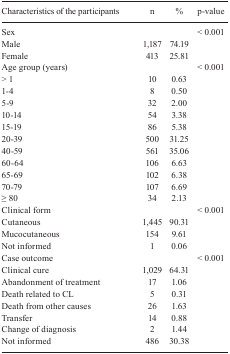
<table><thead><tr><td><b>Characteristics of the participants</b></td><td><b>n</b></td><td><b>%</b></td><td><b>p-value</b></td></tr></thead><tbody><tr><td>Sex</td><td> </td><td> </td><td>&lt; 0.001</td></tr><tr><td>Male</td><td>1,187</td><td>74.19</td><td> </td></tr><tr><td>Female</td><td>413</td><td>25.81</td><td> </td></tr><tr><td>Age group (years)</td><td> </td><td> </td><td>&lt; 0.001</td></tr><tr><td>&gt; 1</td><td>10</td><td>0.63</td><td> </td></tr><tr><td>1-4</td><td>8</td><td>0.50</td><td> </td></tr><tr><td>5-9</td><td>32</td><td>2.00</td><td> </td></tr><tr><td>10-14</td><td>54</td><td>3.38</td><td> </td></tr><tr><td>15-19</td><td>86</td><td>5.38</td><td> </td></tr><tr><td>20-39</td><td>500</td><td>31.25</td><td> </td></tr><tr><td>40-59</td><td>561</td><td>35.06</td><td> </td></tr><tr><td>60-64</td><td>106</td><td>6.63</td><td> </td></tr><tr><td>65-69</td><td>102</td><td>6.38</td><td> </td></tr><tr><td>70-79</td><td>107</td><td>6.69</td><td> </td></tr><tr><td>≥ 80</td><td>34</td><td>2.13</td><td> </td></tr><tr><td>Clinical form</td><td> </td><td> </td><td>&lt; 0.001</td></tr><tr><td>Cutaneous</td><td>1,445</td><td>90.31</td><td> </td></tr><tr><td>Mucocutaneous</td><td>154</td><td>9.61</td><td> </td></tr><tr><td>Not informed</td><td>1</td><td>0.06</td><td> </td></tr><tr><td>Case outcome</td><td> </td><td> </td><td>&lt; 0.001</td></tr><tr><td>Clinical cure</td><td>1,029</td><td>64.31</td><td> </td></tr><tr><td>Abandonment of treatment</td><td>17</td><td>1.06</td><td> </td></tr><tr><td>Death related to CL</td><td>5</td><td>0.31</td><td> </td></tr><tr><td>Death from other causes</td><td>26</td><td>1.63</td><td> </td></tr><tr><td>Transfer</td><td>14</td><td>0.88</td><td> </td></tr><tr><td>Change of diagnosis</td><td>2</td><td>1.44</td><td> </td></tr><tr><td>Not informed</td><td>486</td><td>30.38</td><td> </td></tr></tbody></table>